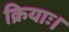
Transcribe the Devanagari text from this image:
क्रियाः।